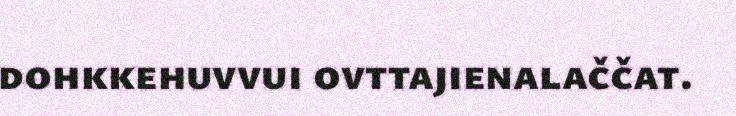
dohkkehuvvui ovttajienalaččat.